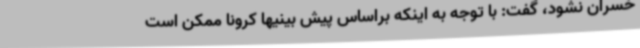
خسران نشود، گفت: با توجه به اینکه براساس پیش بینیها کرونا ممکن است